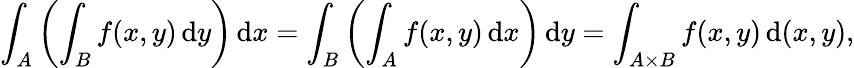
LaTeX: \int_{A}\left(\int_{B}f(x,y)\, {\mathrm{d}}y\right)\, {\mathrm{d}}x=\int_{B}\left(\int_{A}f(x,y)\, {\mathrm{d}}x\right)\, {\mathrm{d}}y=\int_{A\times B}f(x,y)\, {\mathrm{d}}(x,y),